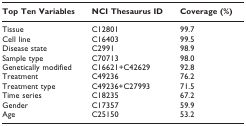
<table><thead><tr><td><b>Top Ten Variables</b></td><td><b>NCI Thesaurus ID</b></td><td><b>Coverage (%)</b></td></tr></thead><tbody><tr><td>Tissue</td><td>C12801</td><td>99.7</td></tr><tr><td>Cell line</td><td>C16403</td><td>99.5</td></tr><tr><td>Disease state</td><td>C2991</td><td>98.9</td></tr><tr><td>Sample type</td><td>C70713</td><td>98.0</td></tr><tr><td>Genetically modified</td><td>C16621+C42629</td><td>92.8</td></tr><tr><td>Treatment</td><td>C49236</td><td>76.2</td></tr><tr><td>Treatment type</td><td>C49236+C27993</td><td>71.5</td></tr><tr><td>Time series</td><td>C18235</td><td>67.2</td></tr><tr><td>Gender</td><td>C17357</td><td>59.9</td></tr><tr><td>Age</td><td>C25150</td><td>53.2</td></tr></tbody></table>